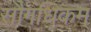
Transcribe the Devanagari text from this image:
सौगंधिकम्